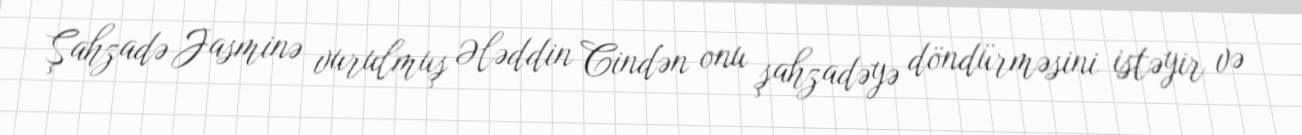
Şahzadə Jasminə vurulmuş Ələddin Cindən onu şahzadəyə döndürməsini istəyir və